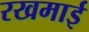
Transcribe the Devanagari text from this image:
रखमाई